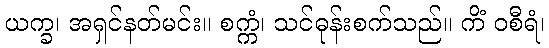
ယက္ခ၊ အရှင်နတ်မင်း။ စက္ကံ၊ သင်ဓုန်းစက်သည်။ ကိံ ဝစီရံ၊